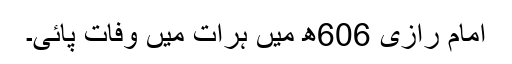
امام رازی 606ھ میں ہرات میں وفات پائی۔